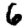
Digit: 6